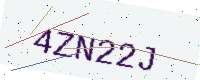
Text: 4ZN22J